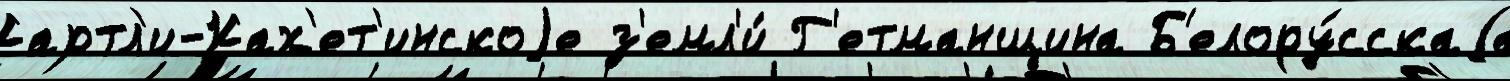
Картл'и-Ках'ет'инскоjе з'емл'и́ Г'етманщина Б'елору́сскаjа